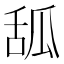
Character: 𦧔